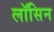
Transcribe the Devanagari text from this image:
लॉसिन